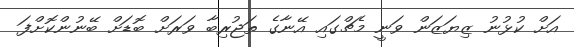
އަށް ކުޅުނު ޒިޔަޒަން ވަނީ މެޗްގައި އޭނާގެ ތަޖުރިބާ ވަރަށް ބޮޑަށް ބޭނުންކޮށްފަ